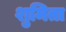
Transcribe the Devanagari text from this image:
शुमिता